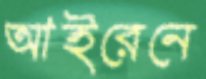
আইরেনে